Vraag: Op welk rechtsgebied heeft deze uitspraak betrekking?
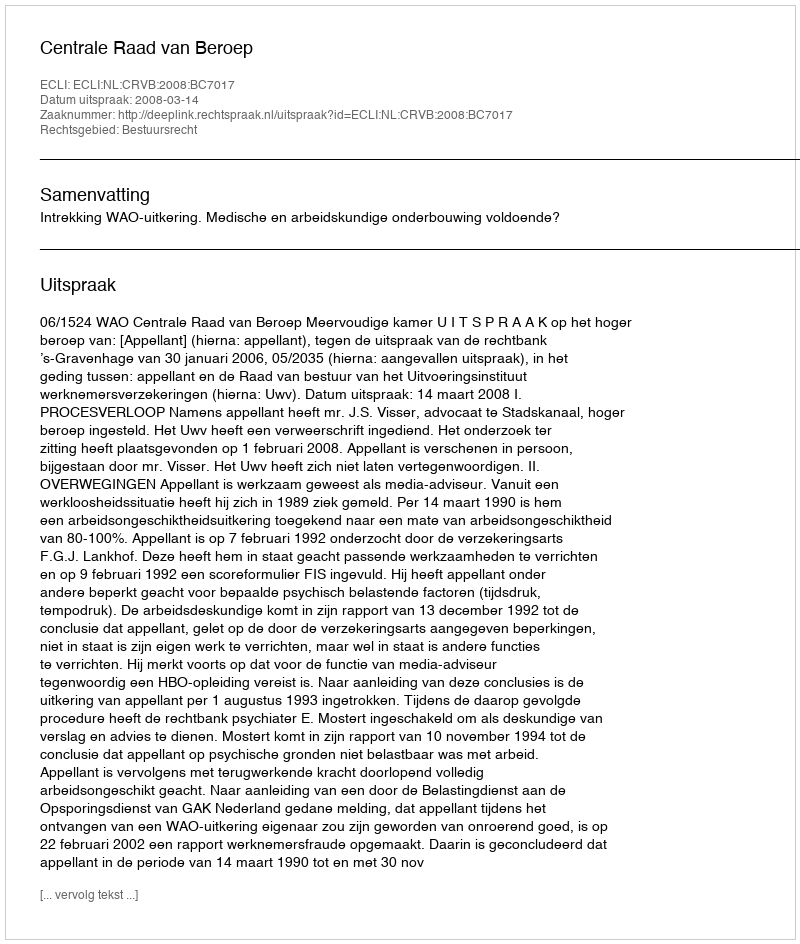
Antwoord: Bestuursrecht